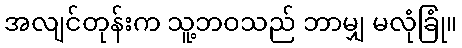
အလျင်တုန်းက သူ့ဘဝသည် ဘာမျှ မလုံခြုံ။